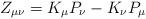
LaTeX: \begin{align*}Z_{\mu\nu} = K_{\mu} P_{\nu} - K_{\nu} P_{\mu}\end{align*}